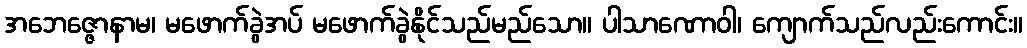
အဘေဇ္ဇောနာမ၊ မဖောက်ခွဲအပ် မဖောက်ခွဲနိုင်သည်မည်သော။ ပါသာဏောဝါ၊ ကျောက်သည်လည်းကောင်း။